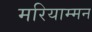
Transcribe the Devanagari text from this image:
मरियाम्मन